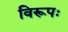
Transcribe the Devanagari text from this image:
विरूपः